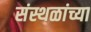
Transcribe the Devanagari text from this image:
संस्थळांच्या